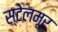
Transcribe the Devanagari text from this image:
स्टेलमूर